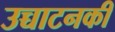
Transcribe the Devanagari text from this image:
उच्चाटनकी